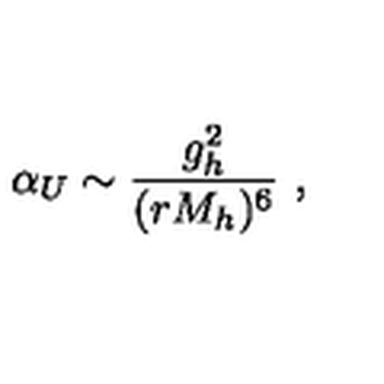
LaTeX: \alpha _ { U } \sim { \frac { g _ { h } ^ { 2 } } { ( r M _ { h } ) ^ { 6 } } } \ ,